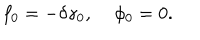
f _ { 0 } = - \delta \gamma _ { 0 } , \; \phi _ { 0 } = 0 .